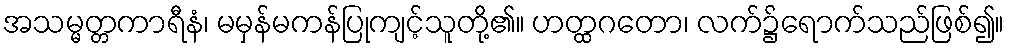
အသမ္မတ္တကာရီနံ၊ မမှန်မကန်ပြုကျင့်သူတို့၏။ ဟတ္ထဂတော၊ လက်၌ရောက်သည်ဖြစ်၍။